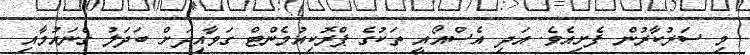
މި ސަރުކާރުން ފެށިއެވެ. އަދި އެސްއޯއީ ތަކުގެ ޕްރޮކިއުމެންޓް ގަވާއިދަށް ބަދަލު ގެނައުމާއި